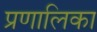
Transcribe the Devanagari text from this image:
प्रणालिका